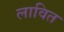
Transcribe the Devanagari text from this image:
लावित